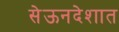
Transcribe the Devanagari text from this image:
सेऊनदेशात